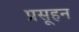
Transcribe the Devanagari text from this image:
प्रसूहन